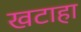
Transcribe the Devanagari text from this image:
खटाहा